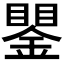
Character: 𲇖